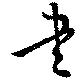
書